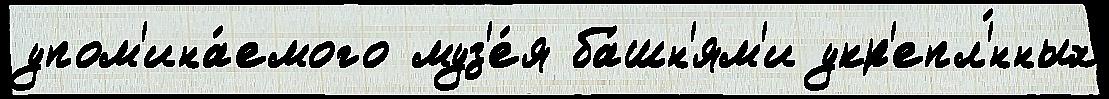
упом'ина́емого муз'е́я ба́шн'ям'и укр'епл'́нных